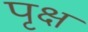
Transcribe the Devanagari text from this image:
पृक्ष